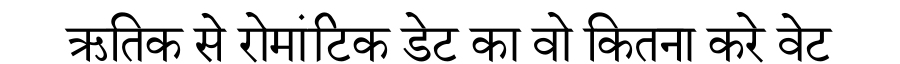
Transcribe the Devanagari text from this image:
ऋतिक से रोमांटिक डेट का वो कितना करे वेट